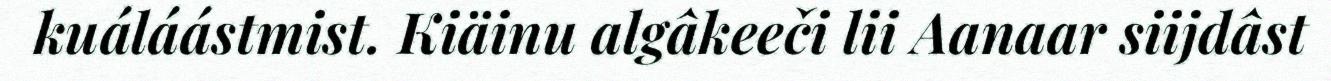
kuáláástmist. Kiäinu algâkeeči lii Aanaar siijdâst